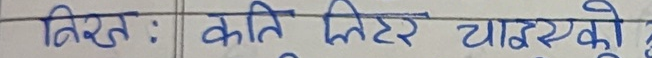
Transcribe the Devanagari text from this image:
निख : कति लिटर चाहिएको ?